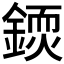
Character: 𨪳